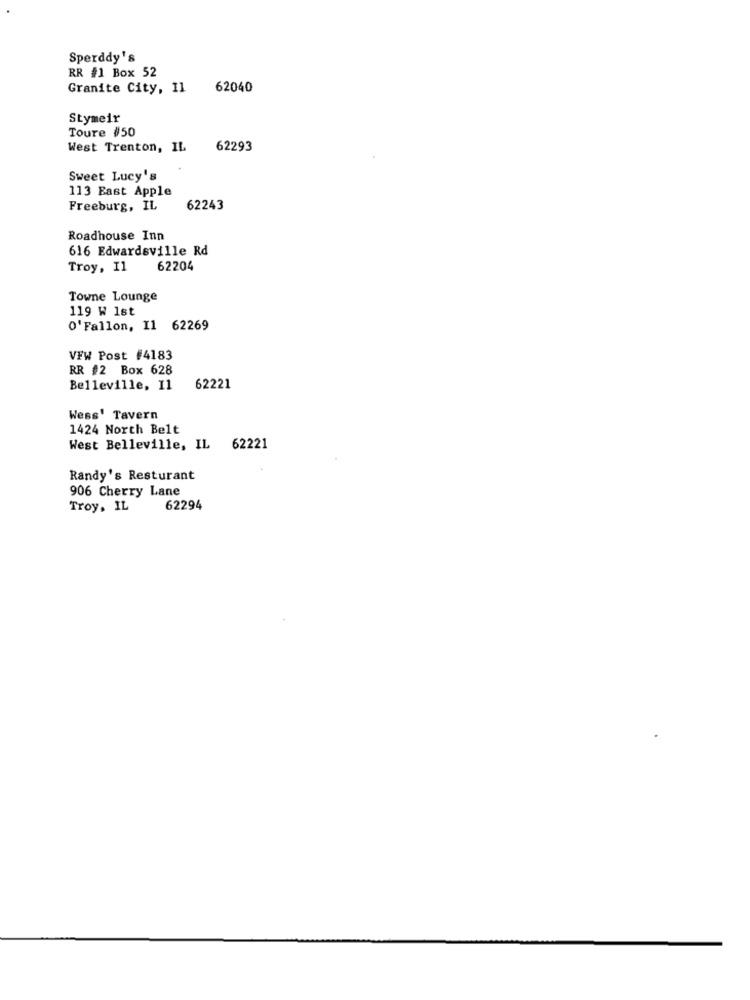
Sperddy's
RR #1 Box 52
Granite City, 11
62040
Stymeir
Toure #50
West Trenton, IL
62293
Sweet Lucy's
113 East Apple
Freeburg, IL
62243
Roadhouse Inn
616 Edwardsville Rd
Troy, Il
62204
Towne Lounge
119 W 1st
O'Fallon, Il 62269
VFW Post #4183
RR #2 Box 628
Belleville, 11
62221
Wess' Tavern
1424 North Belt
West Belleville, IL 62221
Randy's Resturant
906 Cherry Lane
Troy. IL
62294